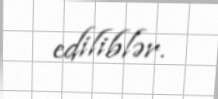
ediliblər.